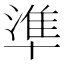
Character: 準